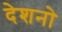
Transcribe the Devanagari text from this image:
देशनो